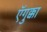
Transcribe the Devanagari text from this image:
ऍगुक्का